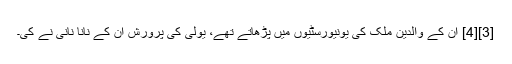
[3][4] ان کے والدین ملک کی یونیورسٹیوں میں پڑھاتے تھے، یولی کی پرورش ان کے نانا نانی نے کی۔